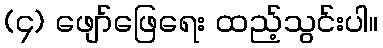
(၄) ဖျော်ဖြေရေး ထည့်သွင်းပါ။